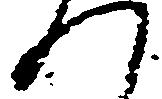
つ